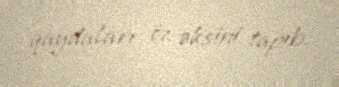
qaydaları öz əksini tapıb.